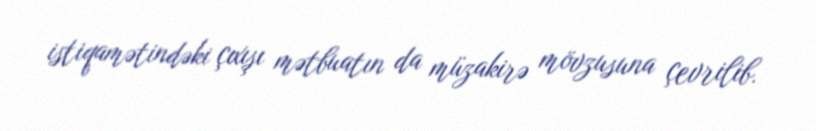
istiqamətindəki çıxışı mətbuatın da müzakirə mövzusuna çevrilib.